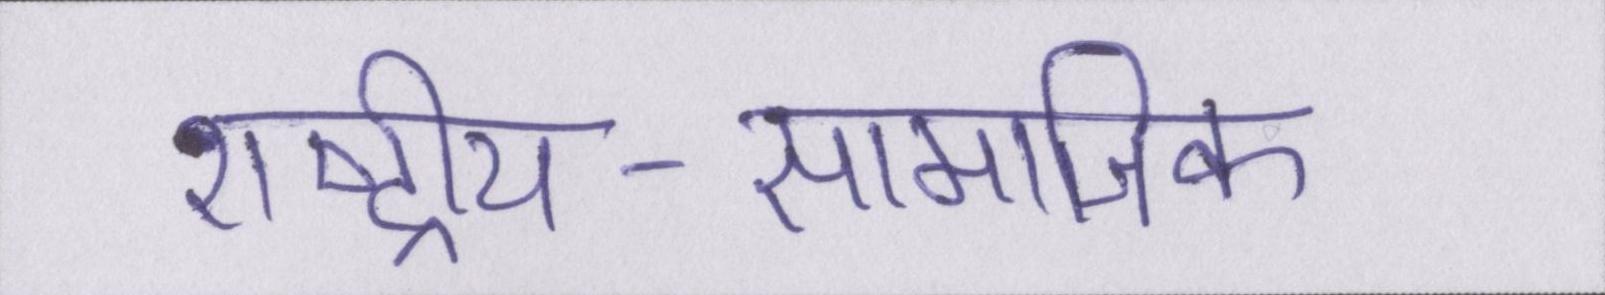
राष्ट्रीय-सामाजिक